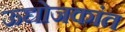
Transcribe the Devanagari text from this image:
ऊद्योजकांत